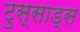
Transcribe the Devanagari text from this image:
टुस्साड्स